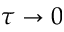
\tau \rightarrow 0